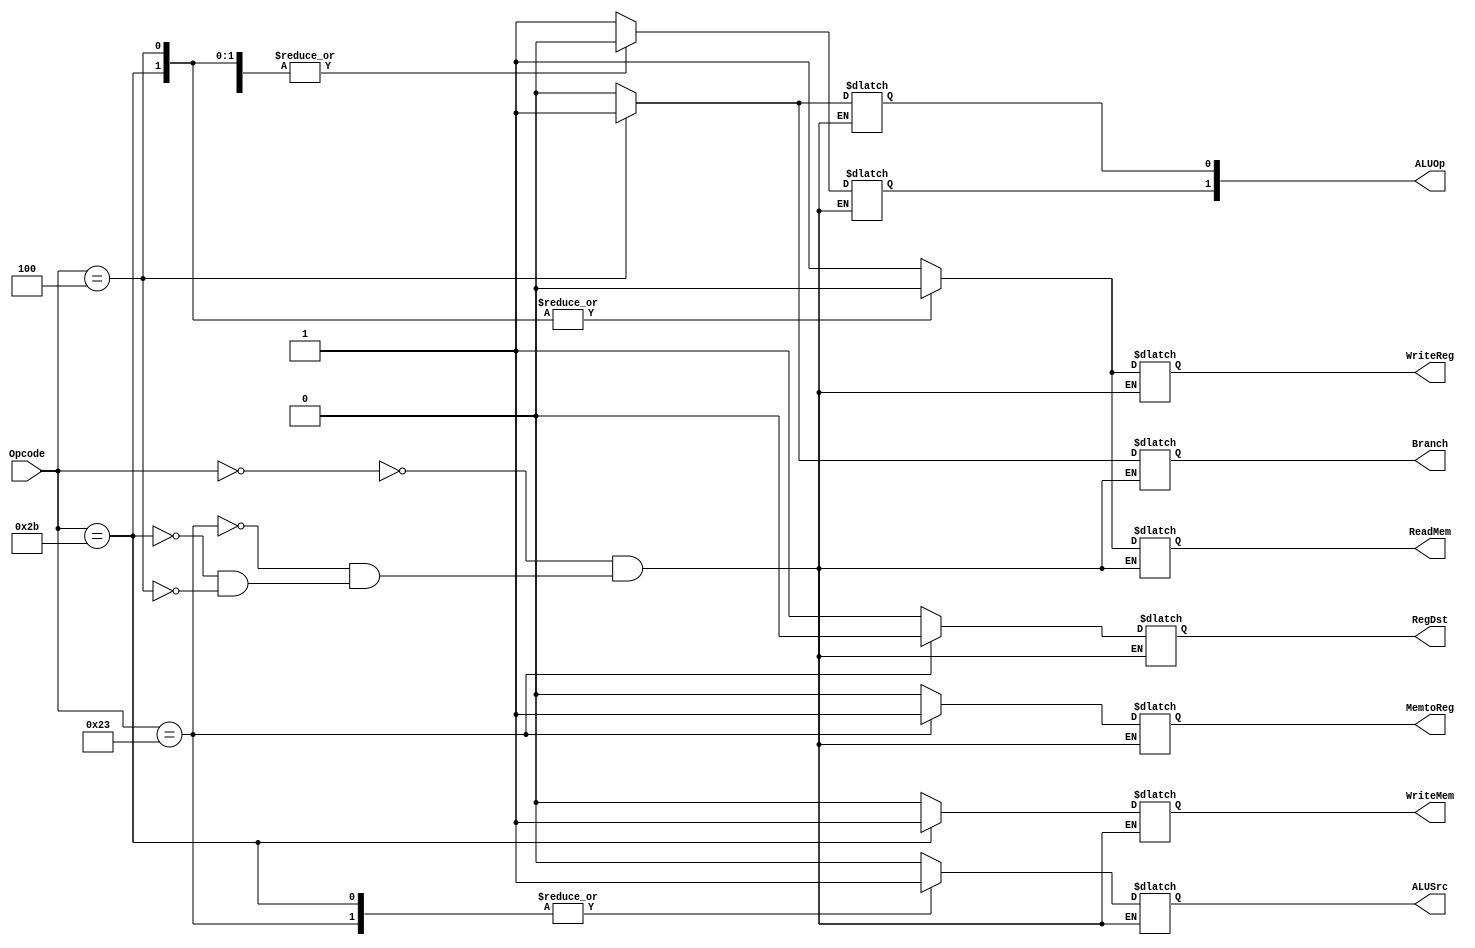
module UnidadeControle (Opcode, RegDst, ALUSrc, MemtoReg, WriteReg, ReadMem, WriteMem, Branch, ALUOp);

  input wire [5:0] Opcode;
  output reg RegDst, ALUSrc, MemtoReg, WriteReg, ReadMem, WriteMem, Branch;
  output reg [1:0] ALUOp;

  always @(Opcode) begin
    case (Opcode)

      //Tipo R
      0: begin
        RegDst = 1; ALUSrc = 0; MemtoReg = 0; WriteReg = 1; ReadMem = 1;
        WriteMem = 0; Branch = 0; ALUOp[1] = 1; ALUOp[0] = 0;
      end

      //Instruo lw
      35: begin
        RegDst = 0; ALUSrc = 1; MemtoReg = 1; WriteReg = 1; ReadMem = 1;
        WriteMem = 0; Branch = 0; ALUOp[1] = 0; ALUOp[0] = 0;
      end

      //Instruo sw
      43: begin
        RegDst = 'bx; ALUSrc = 1; MemtoReg = 'bx; WriteReg = 0; ReadMem = 0;
        WriteMem = 1; Branch = 0; ALUOp[1] = 0; ALUOp[0] = 0;
      end
      //Instruo beq
      4: begin
        RegDst = 'bx; ALUSrc = 0; MemtoReg = 'bx; WriteReg = 0; ReadMem = 0;
        WriteMem = 0; Branch = 1; ALUOp[1] = 0; ALUOp[0] = 1;
      end
		endcase
	end

endmodule